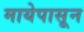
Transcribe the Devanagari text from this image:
मायेपासून